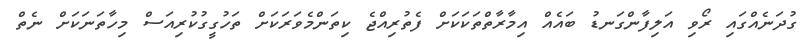
ގުދަނެއްގައި ރޯވި އަލިފާންގަނޑު ބައެއް އިމާރާތްތަކަކަށް ފެތުރިއްޖެ ކިތަންމެވަރަކަށް ތަހުގީގުކުރިއަސް މިހާތަނަކަށް ނެތް